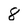
Character: 8